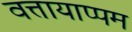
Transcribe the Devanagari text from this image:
वत्तायाप्पम